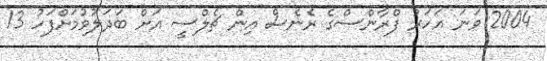
2004 ވަނަ އަހަރު ފްރާންސްގެ ރެނެސް އިން ޗެލްސީ އަށް ބަދަލުވުމަށްފަހު 13